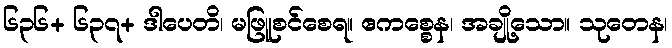
၆၃၆+ ၆၃၇+ ဒါပေတိ၊ မဖြူစင်စေရ။ ဧကစ္စေန၊ အချို့သော။ သုတေန၊